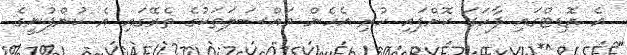
އެ އޮޑިޓްގައި ފާހަގަ ކޮށްފައި ހުރި އެހެން މައްސަލަތަކުގެ ތެރޭގައި އެ ކުންފުނީގެ